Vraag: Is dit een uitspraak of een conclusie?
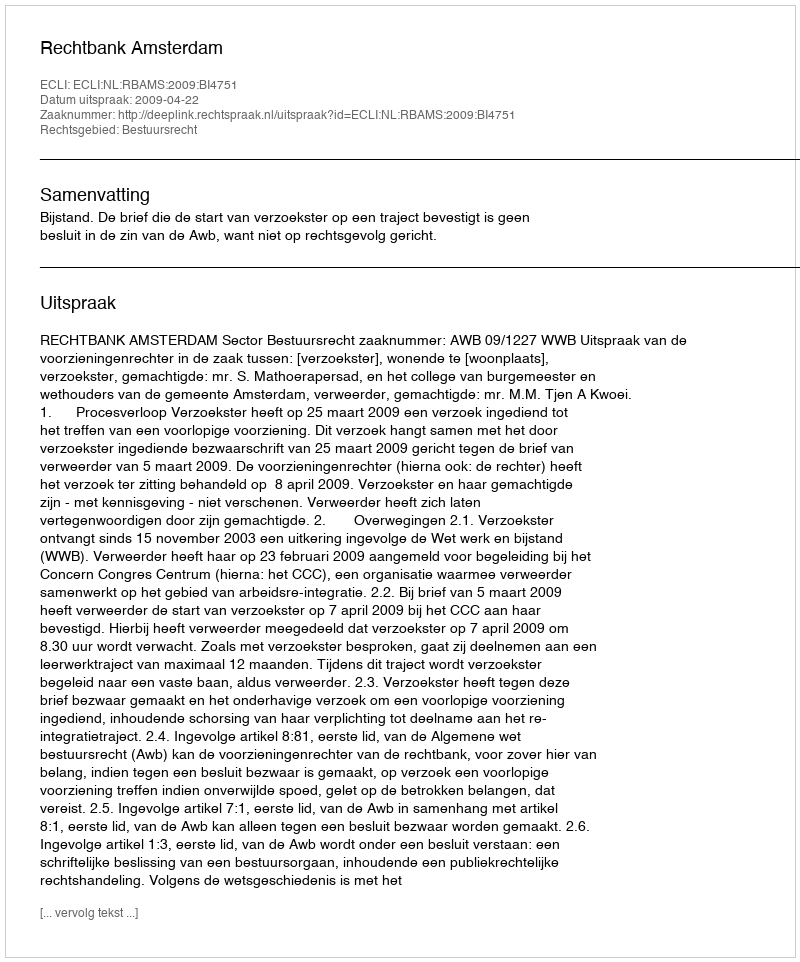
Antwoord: Uitspraak